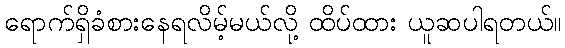
ရောက်ရှိခံစားနေရလိမ့်မယ်လို့ ထိပ်ထား ယူဆပါရတယ်။